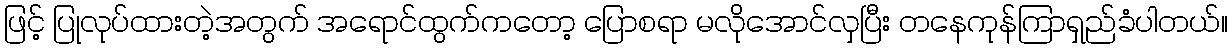
ဖြင့် ပြုလုပ်ထားတဲ့အတွက် အရောင်ထွက်ကတော့ ပြောစရာ မလိုအောင်လှပြီး တနေကုန်ကြာရှည်ခံပါတယ်။